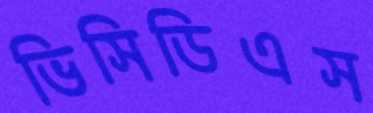
ভিসিডিএস